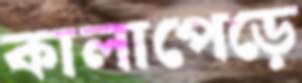
কালাপেড়ে